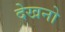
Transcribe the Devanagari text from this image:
देखनो